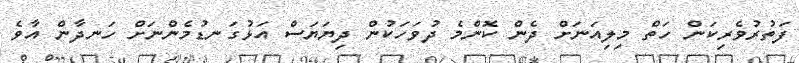
ފަތުުރުވެރިކަން ހަތް މިލިއަނަށް ދެން ކޮންމެ ދުވަހަކުން ދިޔަޔަސް އަޅުގަނޑުމެންނަށް ހަނދާން އާވެ